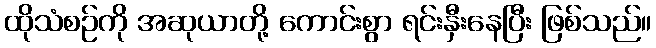
ထိုသံစဉ်ကို အဆုယာတို့ ကောင်းစွာ ရင်းနှီးနေပြီး ဖြစ်သည်။